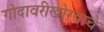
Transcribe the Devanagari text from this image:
गोदावरीखोऱ्याचे